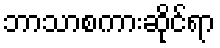
ဘာသာစကားဆိုင်ရာ